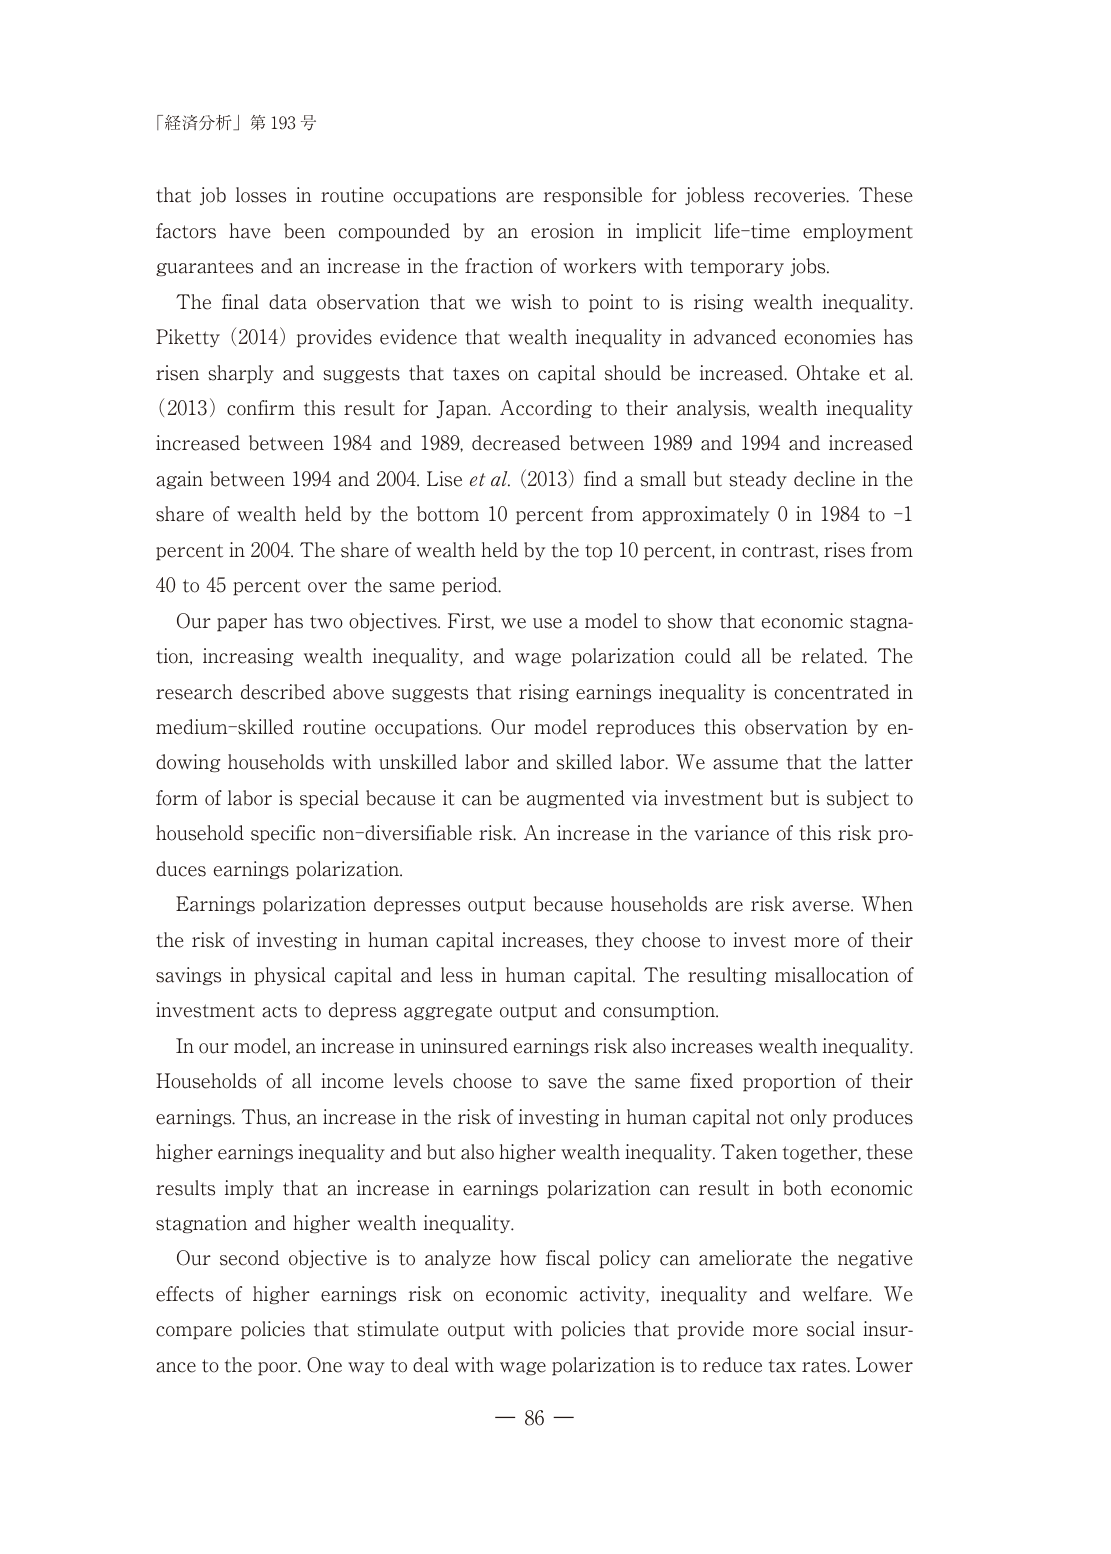
「経済分析」第193号

that job losses in routine occupations are responsible for jobless recoveries. These factors have been compounded by an erosion in implicit life-time employment guarantees and an increase in the fraction of workers with temporary jobs.

The final data observation that we wish to point to is rising wealth inequality. Piketty (2014) provides evidence that wealth inequality in advanced economies has risen sharply and suggests that taxes on capital should be increased. Ohtake et al. (2013) confirm this result for Japan. According to their analysis, wealth inequality increased between 1984 and 1989, decreased between 1989 and 1994 and increased again between 1994 and 2004. Lise et al. (2013) find a small but steady decline in the share of wealth held by the bottom 10 percent from approximately 0 in 1984 to -1 percent in 2004. The share of wealth held by the top 10 percent, in contrast, rises from 40 to 45 percent over the same period.

Our paper has two objectives. First, we use a model to show that economic stagnation, increasing wealth inequality, and wage polarization could all be related. The research described above suggests that rising earnings inequality is concentrated in medium-skilled routine occupations. Our model reproduces this observation by endowing households with unskilled labor and skilled labor. We assume that the latter form of labor is special because it can be augmented via investment but is subject to household specific non-diversifiable risk. An increase in the variance of this risk produces earnings polarization.

Earnings polarization depresses output because households are risk averse. When the risk of investing in human capital increases, they choose to invest more of their savings in physical capital and less in human capital. The resulting misallocation of investment acts to depress aggregate output and consumption.

In our model, an increase in uninsured earnings risk also increases wealth inequality. Households of all income levels choose to save the same fixed proportion of their earnings. Thus, an increase in the risk of investing in human capital not only produces higher earnings inequality and but also higher wealth inequality. Taken together, these results imply that an increase in earnings polarization can result in both economic stagnation and higher wealth inequality.

Our second objective is to analyze how fiscal policy can ameliorate the negative effects of higher earnings risk on economic activity, inequality and welfare. We compare policies that stimulate output with policies that provide more social insurance to the poor. One way to deal with wage polarization is to reduce tax rates. Lower

— 86 —